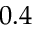
0 . 4